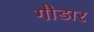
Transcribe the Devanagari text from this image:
गौडार